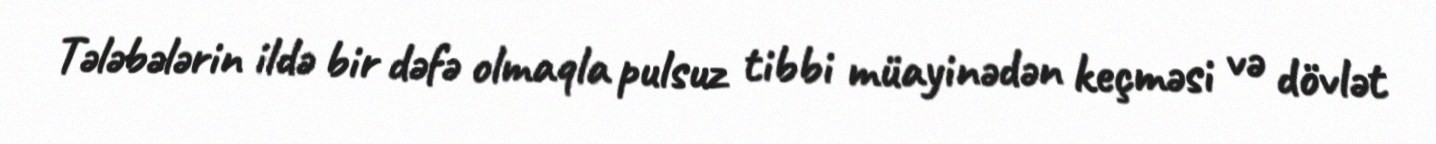
Tələbələrin ildə bir dəfə olmaqla pulsuz tibbi müayinədən keçməsi və dövlət